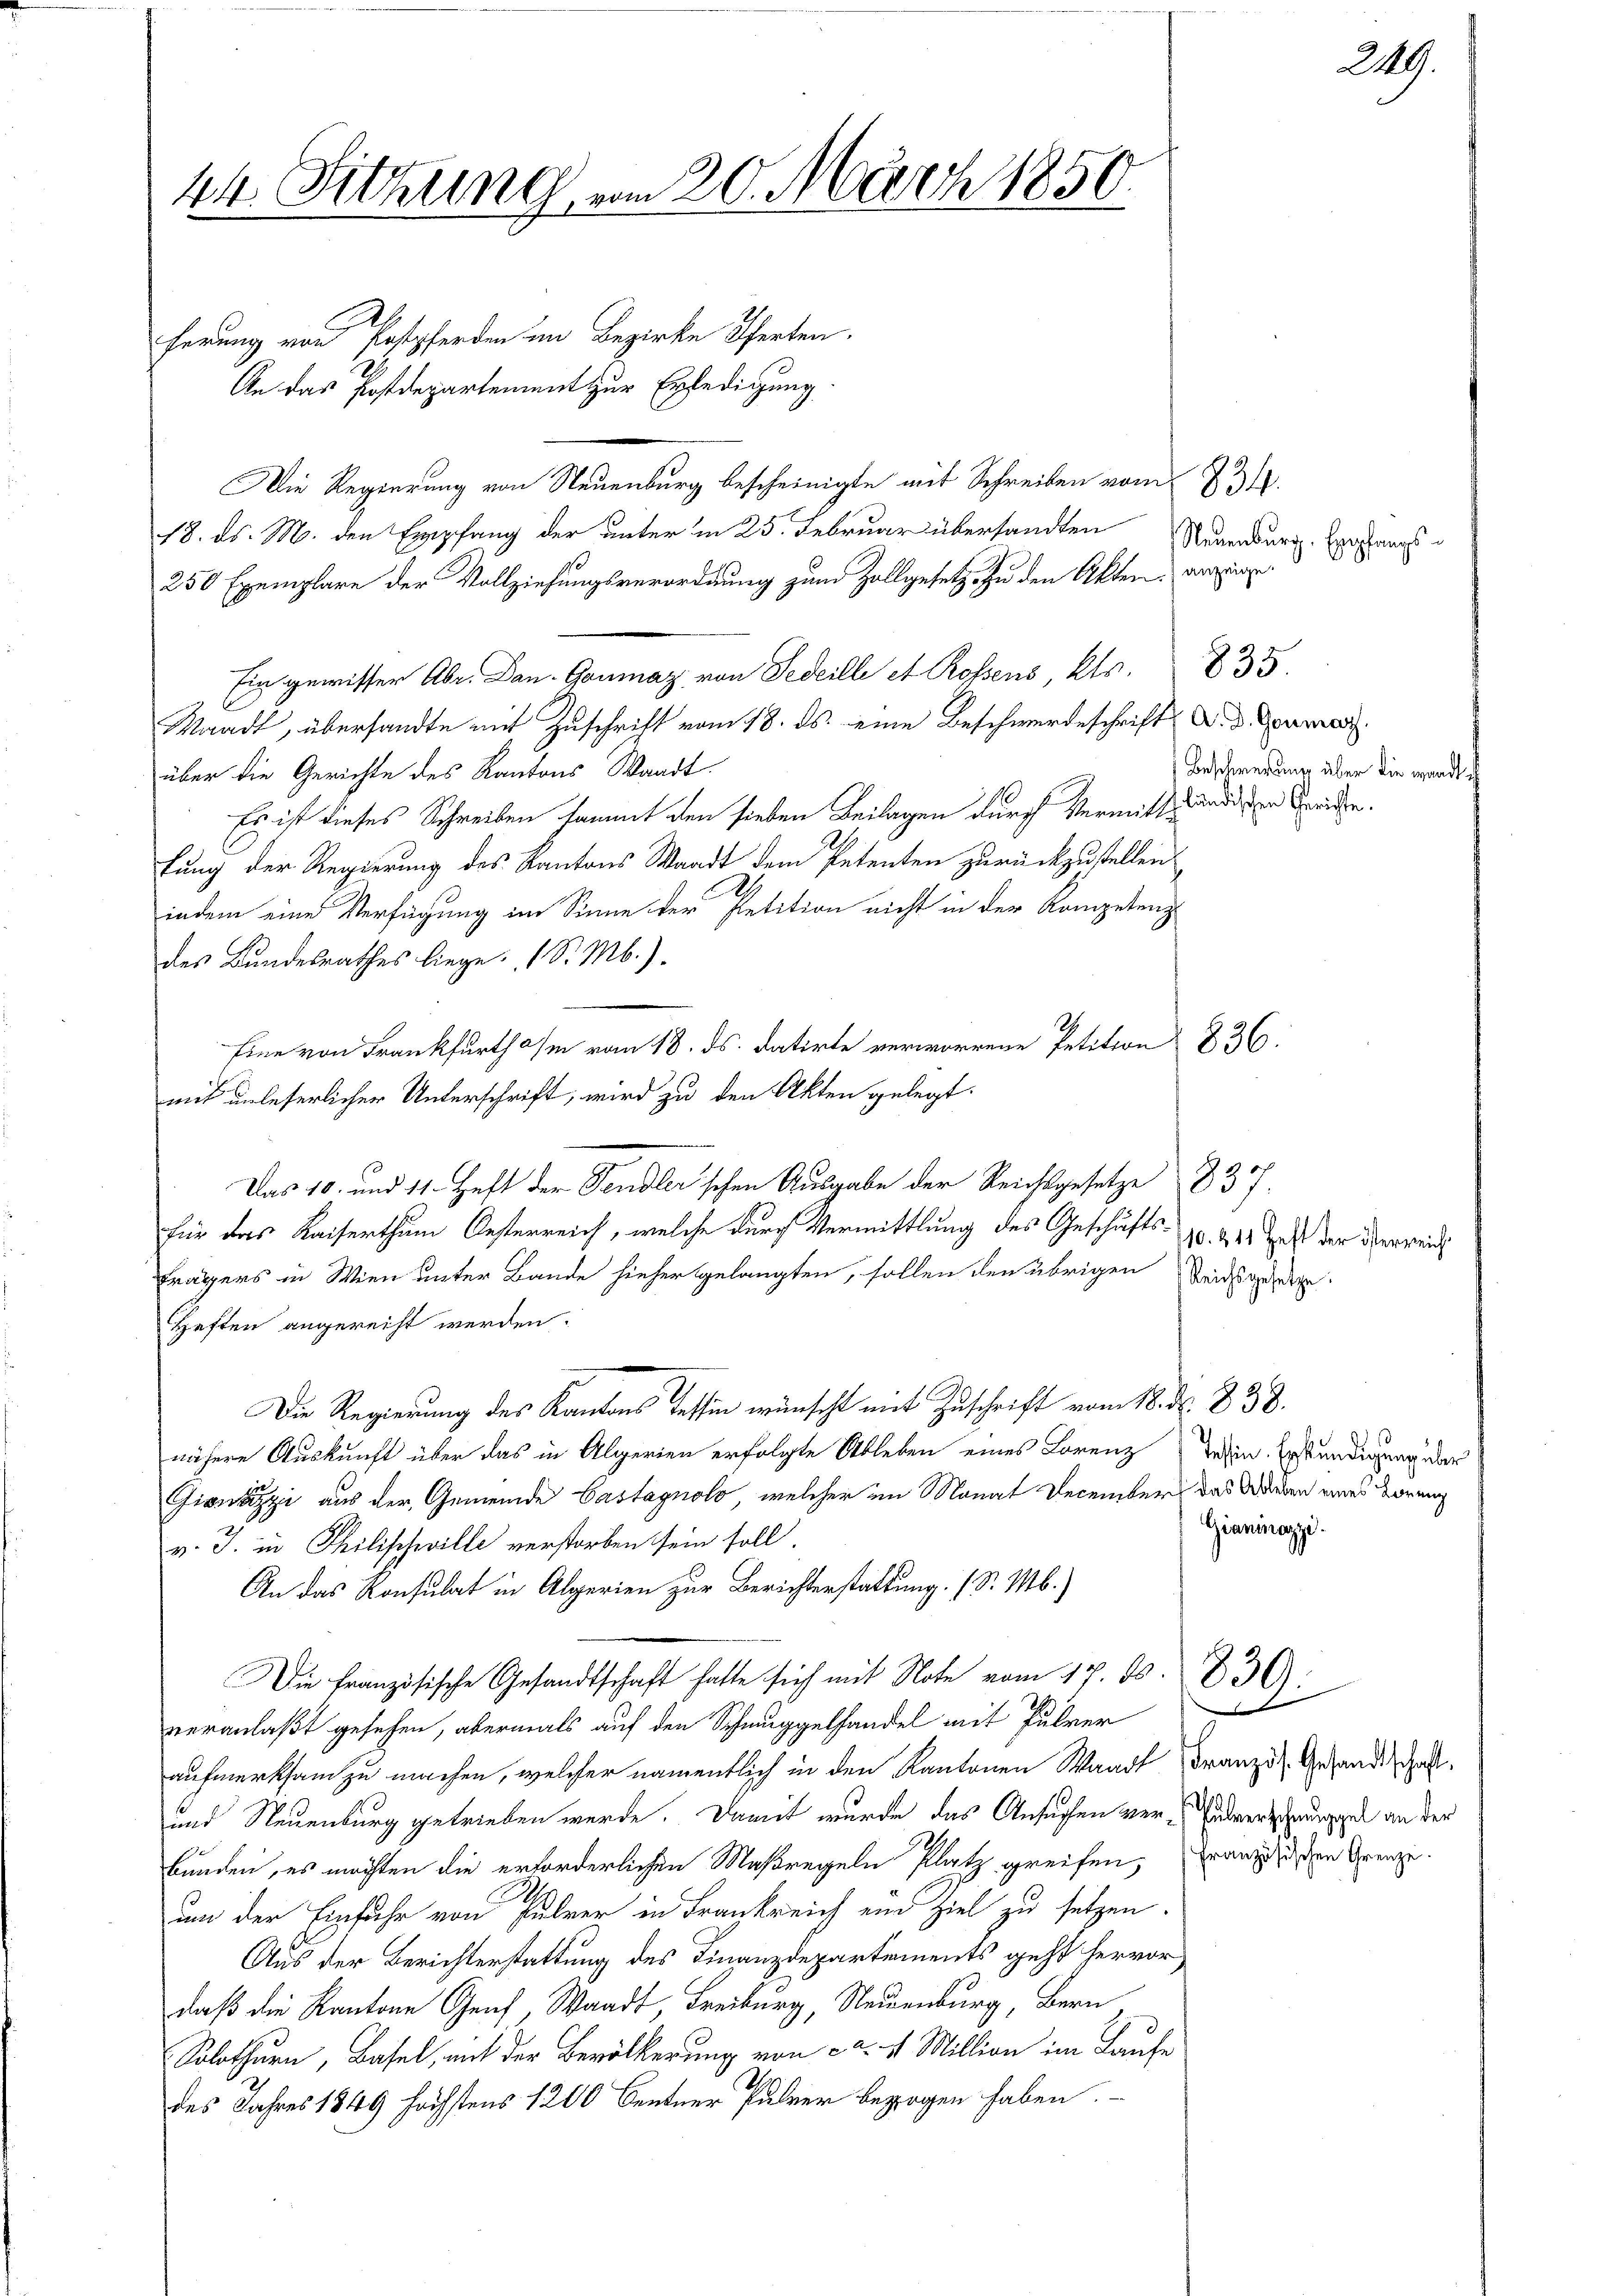
44. Sitzung vom 20. März 1850.

ferung von Postpferden im Bezirke Pferten.
An das Postdepartement zur Erledigung.
Die Regierung von Neuenburg bescheinigte mit Schreiben vom 23.
18. ds. M. den Empfang der unter in 25. Februar übersandten
250 Exemplare der Vollziehungsverordnung zum Zollgesetz zu den Akten erzeige.
Ein gewisser Abr. Dan-Ganmaz, von Fedeille et Rossens Kts. 835.
Waadt, übersandte mit Zuschrift vom 18. ds. eine Beschwerdeschrift die Bauma
über die Gerichte des Kantons Waadt.
Es ist dieses Schreiben sammt den sieben Beilagen durch Vermittesdien beruhe.
fung der Regierung des Kantons Waadt dem Petenten zurückzustellen
indem eines Verfügung im Sinne der Petition nicht in der Kompetenz
des Bundesrathes liege. (S. Mb.).
Eine von Frankfurth am vom 18. ds. datirte verworrene Petition 836.
mit unleserlicher Unterschrift, wird zu den Akten gelegt.
Das 10. und 11. Heft der Tendler'schen Ausgabe der Reichsgesetze 837.
für das Kaiserthum Oesterreich, welche durch Vermittlung des Geschäfts¬
Trägers in Wien unter Bande hieher gelangten, sollen den übrigen Reidsgeset
Heften angereicht werden.
Die Regierung des Kantons Tessin wünscht mit Zuschrift vom 18. d. 838.
nähere Auskunft über das in Algerien erfolgte Ableben eines Lorenz dahin. Erständigung der
Gizzi aus der Gemeinde Castagnolo, welcher im Monat December das Werden eines Vorung
v. J. in Philischwille verstorben sein soll.
An das Konsulat in Algerien zur Berichterstattung. (S. Mb.)
Die Französische Gesandtschaft hatte sich mit Note vom 17. ds. 836):
e
veranlaßt gesehen, abermals auf den Schmuggelhandel mit Pulver
aufmerksam zu machen, welcher namentlich in den Kantonen Waadt Französ. Gesandtschaft,
und Neuenburg getrieben werde. Damit wurde das Ansuchen ver-Valverschaumppel an der
bunden, es möchten die erforderlichen Maßregeln Platz greifen, französischen Grenze.
um der Einfuhr von Pulver in Frankreich ein Ziel zu setzen.
Aus der Berichterstattung des Finanzdepartements geht hervor
daß die Kantone Graf, Waadt, Freiburg, Neuenburg, Bern
Solothurn, Basel, mit der Bevölkerung von ca. 11 Million im Laufe
des Jahres 1849 höchstens 1200 Centner Pulver bezogen haben.

Neuenburg. Empfangs
Beschwerung über die wardt

10. 411 Heft der österreich

Gianiazzi.

2119.